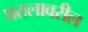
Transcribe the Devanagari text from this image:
प्रतलावरील